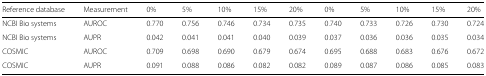
<table><thead><tr><td><b>Reference database</b></td><td><b>Measurement</b></td><td><b>0%</b></td><td><b>5%</b></td><td><b>10%</b></td><td><b>15%</b></td><td><b>20%</b></td><td><b>0%</b></td><td><b>5%</b></td><td><b>10%</b></td><td><b>15%</b></td><td><b>20%</b></td></tr></thead><tbody><tr><td>NCBI Bio systems</td><td>AUROC</td><td>0.770</td><td>0.756</td><td>0.746</td><td>0.734</td><td>0.735</td><td>0.740</td><td>0.733</td><td>0.726</td><td>0.730</td><td>0.724</td></tr><tr><td>NCBI Bio systems</td><td>AUPR</td><td>0.042</td><td>0.041</td><td>0.041</td><td>0.040</td><td>0.039</td><td>0.037</td><td>0.036</td><td>0.036</td><td>0.035</td><td>0.034</td></tr><tr><td>COSMIC</td><td>AUROC</td><td>0.709</td><td>0.698</td><td>0.690</td><td>0.679</td><td>0.674</td><td>0.695</td><td>0.688</td><td>0.683</td><td>0.676</td><td>0.672</td></tr><tr><td>COSMIC</td><td>AUPR</td><td>0.091</td><td>0.088</td><td>0.086</td><td>0.082</td><td>0.082</td><td>0.089</td><td>0.087</td><td>0.086</td><td>0.085</td><td>0.083</td></tr></tbody></table>